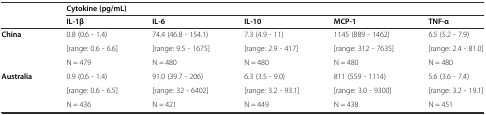
<table><thead><tr><td></td><td colspan="5"><b>Cytokine (pg/mL)</b></td></tr><tr><td></td><td><b>IL-1β</b></td><td><b>IL-6</b></td><td><b>IL-10</b></td><td><b>MCP-1</b></td><td><b>TNF-α</b></td></tr></thead><tbody><tr><td><b>China</b></td><td>0.8 (0.6 - 1.4)</td><td>74.4 (46.8 - 154.1)</td><td>7.3 (4.9 - 11)</td><td>1145 (889 - 1462)</td><td>6.5 (5.2 - 7.9)</td></tr><tr><td rowspan="2"></td><td>[range: 0.6 - 6.6]</td><td>[range: 9.5 - 1675]</td><td>[range: 2.9 - 417]</td><td>[range: 312 - 7635]</td><td>[range: 2.4 - 81.0]</td></tr><tr><td>N = 479</td><td>N = 480</td><td>N = 480</td><td>N = 480</td><td>N = 480</td></tr><tr><td rowspan="2"><b>Australia</b></td><td>0.9 (0.6 - 1.4)</td><td>91.0 (39.7 - 206)</td><td>6.3 (3.5 - 9.0)</td><td>811 (559 - 1114)</td><td>5.6 (3.6 - 7.4)</td></tr><tr><td>[range: 0.6 - 6.5]</td><td>[range: 32 - 6402]</td><td>[range: 3.2 - 93.1]</td><td>[range: 3.0 - 9300]</td><td>[range: 3.2 - 19.1]</td></tr><tr><td></td><td>N = 436</td><td>N = 421</td><td>N = 449</td><td>N = 438</td><td>N = 451</td></tr></tbody></table>